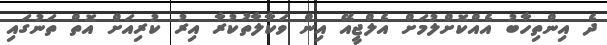
ދެ އިންތިހާބު އެއްކޮށްލުމަށް އެލްޖީއޭ އިން ވަކާލާތުކުރާ އިރު ކުރިއަށް އޮތް ތަނުގައި